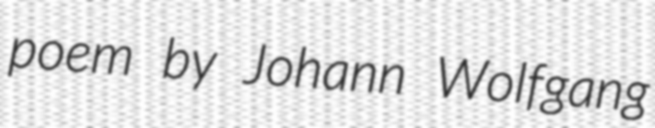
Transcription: poem by Johann Wolfgang